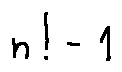
n ! - 1